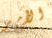
الأمر